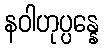
နဝါဟုပ္ပန္နေ